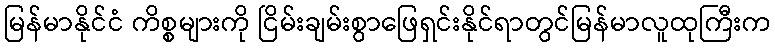
မြန်မာနိုင်ငံ ကိစ္စများကို ငြိမ်းချမ်းစွာဖြေရှင်းနိုင်ရာတွင်မြန်မာလူထုကြီးက